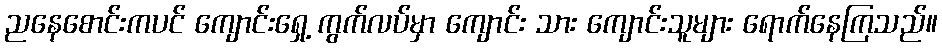
ညနေစောင်းကပင် ကျောင်းရှေ့ ကွက်လပ်မှာ ကျောင်း သား ကျောင်းသူများ ရောက်နေကြသည်။